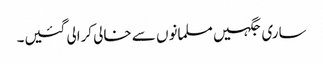
ساری جگہیں مسلمانوں سے خالی کرالی گئیں۔